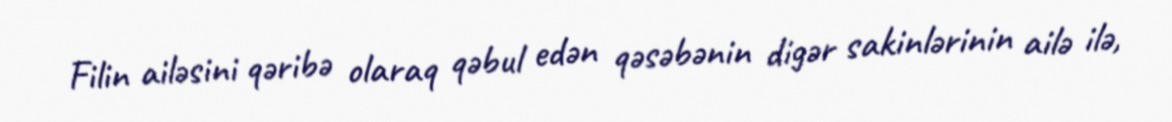
Filin ailəsini qəribə olaraq qəbul edən qəsəbənin digər sakinlərinin ailə ilə,